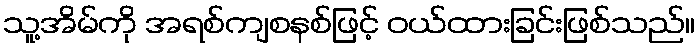
သူ့အိမ်ကို အရစ်ကျစနစ်ဖြင့် ဝယ်ထားခြင်းဖြစ်သည်။